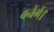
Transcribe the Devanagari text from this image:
बनेंगें।